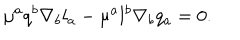
LaTeX: \mu ^ { a } q ^ { b } \nabla _ { b } l _ { a } - \mu ^ { a } l ^ { b } \nabla _ { b } q _ { a } = 0 .